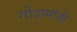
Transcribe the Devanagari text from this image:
गोदामांची